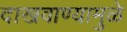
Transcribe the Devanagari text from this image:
दाखवाण्यामुळे